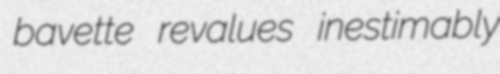
bavette revalues inestimably